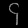
Digit: ၄